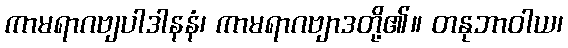
ကာမရာဂဗျပါဒါနနံ၊ ကာမရာဂဗျာဒတို့၏။ တနုဘာဝါယ၊